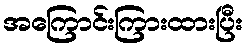
အကြောင်းကြားထားပြီး